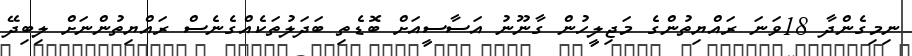
ނިމިގެންދާ 18ވަނަ ރައްޔިތުންގެ މަޖިލީހުން ގާނޫނު އަސާސީއަށް ބޮޑެތި ބަދަލުތަކެއްގެނެސް ރައްޔިތުންނަށް ލިބިދޭ